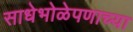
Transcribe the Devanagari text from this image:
साधेभोळेपणाच्या